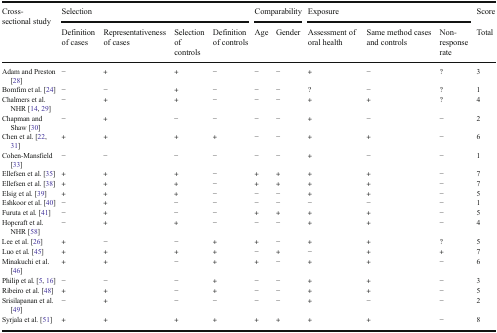
<table><thead><tr><td rowspan="2"><b>Cross-sectional study</b></td><td colspan="4"><b>Selection</b></td><td colspan="2"><b>Comparability</b></td><td colspan="3"><b>Exposure</b></td><td><b>Score</b></td></tr><tr><td><b>Definition of cases</b></td><td><b>Representativeness of cases</b></td><td><b>Selection of controls</b></td><td><b>Definition of controls</b></td><td><b>Age</b></td><td><b>Gender</b></td><td><b>Assessment of oral health</b></td><td><b>Same method cases and controls</b></td><td><b>Non-response rate</b></td><td><b>Total</b></td></tr></thead><tbody><tr><td>Adam and Preston [28]</td><td>−</td><td>+</td><td>+</td><td>−</td><td>−</td><td>−</td><td>+</td><td>−</td><td>?</td><td>3</td></tr><tr><td>Bomfim et al. [24]</td><td>−</td><td>−</td><td>+</td><td>−</td><td>−</td><td>−</td><td>?</td><td>−</td><td>?</td><td>1</td></tr><tr><td>Chalmers et al. NHR [14, 29]</td><td>−</td><td>+</td><td>+</td><td>−</td><td>−</td><td>−</td><td>+</td><td>+</td><td>?</td><td>4</td></tr><tr><td>Chapman and Shaw [30]</td><td>−</td><td>+</td><td>−</td><td>−</td><td>−</td><td>−</td><td>+</td><td>−</td><td>−</td><td>2</td></tr><tr><td>Chen et al. [22, 31]</td><td>+</td><td>+</td><td>+</td><td>+</td><td>−</td><td>−</td><td>+</td><td>+</td><td>−</td><td>6</td></tr><tr><td>Cohen-Mansfield [33]</td><td>−</td><td>−</td><td>−</td><td>−</td><td>−</td><td>−</td><td>+</td><td>−</td><td>−</td><td>1</td></tr><tr><td>Ellefsen et al. [35]</td><td>+</td><td>+</td><td>+</td><td>−</td><td>+</td><td>+</td><td>+</td><td>+</td><td>−</td><td>7</td></tr><tr><td>Ellefsen et al. [38]</td><td>+</td><td>+</td><td>+</td><td>−</td><td>+</td><td>+</td><td>+</td><td>+</td><td>−</td><td>7</td></tr><tr><td>Elsig et al. [39]</td><td>+</td><td>+</td><td>+</td><td>−</td><td>−</td><td>−</td><td>+</td><td>+</td><td>−</td><td>5</td></tr><tr><td>Eshkoor et al. [40]</td><td>−</td><td>+</td><td>−</td><td>−</td><td>−</td><td>−</td><td>−</td><td>−</td><td>−</td><td>1</td></tr><tr><td>Furuta et al. [41]</td><td>−</td><td>+</td><td>−</td><td>−</td><td>+</td><td>+</td><td>+</td><td>+</td><td>−</td><td>5</td></tr><tr><td>Hopcraft et al. NHR [58]</td><td>−</td><td>+</td><td>+</td><td>−</td><td>−</td><td>−</td><td>+</td><td>+</td><td>−</td><td>4</td></tr><tr><td>Lee et al. [26]</td><td>+</td><td>−</td><td>−</td><td>+</td><td>+</td><td>−</td><td>+</td><td>+</td><td>?</td><td>5</td></tr><tr><td>Luo et al. [45]</td><td>+</td><td>+</td><td>+</td><td>+</td><td>−</td><td>+</td><td>−</td><td>+</td><td>+</td><td>7</td></tr><tr><td>Minakuchi et al. [46]</td><td>+</td><td>+</td><td>−</td><td>+</td><td>+</td><td>−</td><td>+</td><td>+</td><td>−</td><td>6</td></tr><tr><td>Philip et al. [5, 16]</td><td>−</td><td>−</td><td>−</td><td>+</td><td>−</td><td>−</td><td>+</td><td>+</td><td>−</td><td>3</td></tr><tr><td>Ribeiro et al. [48]</td><td>+</td><td>+</td><td>−</td><td>+</td><td>−</td><td>−</td><td>+</td><td>+</td><td>−</td><td>5</td></tr><tr><td>Srisilapanan et al. [49]</td><td>−</td><td>+</td><td>−</td><td>−</td><td>−</td><td>−</td><td>+</td><td>−</td><td>−</td><td>2</td></tr><tr><td>Syrjala et al. [51]</td><td>+</td><td>+</td><td>+</td><td>+</td><td>+</td><td>+</td><td>+</td><td>+</td><td>−</td><td>8</td></tr></tbody></table>